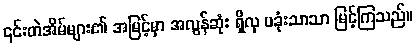
၎င်းတဲအိမ်များ၏ အမြင့်မှာ အလွန်ဆုံး ရှိလှ ပခုံးသာသာ မြင့်ကြသည်။